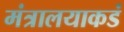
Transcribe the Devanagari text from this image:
मंत्रालयाकडं